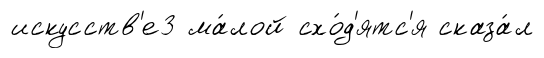
искусств'е3 ма́лой схо́д'ятс'я сказа́л